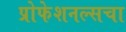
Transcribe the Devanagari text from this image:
प्रोफेशनल्सचा